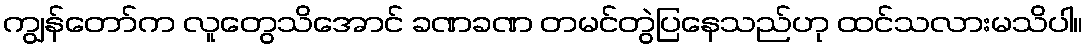
ကျွန်တော်က လူတွေသိအောင် ခဏခဏ တမင်တွဲပြနေသည်ဟု ထင်သလားမသိပါ။